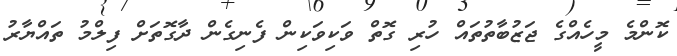
ކޮންމެ މީހެެއްގެ ޖަޒުބާތުތައް ހުރި ގޮތް ވަކިވަކިން ފެނިގެން ދާގޮތަށް ފިލްމު ތައްޔާރު